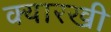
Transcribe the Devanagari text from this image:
क्यारखी